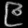
Digit: ၉